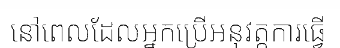
នៅពេលដែលអ្នកប្រើអនុវត្តការធ្វើ